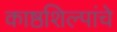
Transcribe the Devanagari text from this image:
काष्ठशिल्पांचे